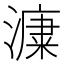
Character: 𣾩